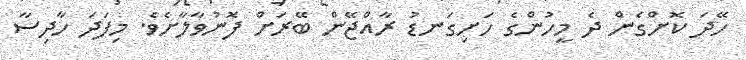
ހޭދަ ކޮށްގެން ދެ މީހުންގެ ހަށިގަނޑު ރާއްޖޭން ބޭރަށް ފޮނުވާލާށެވެ. މިފަދަ ހާދިސާ